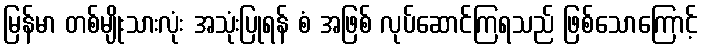
မြန်မာ တစ်မျိုးသားလုံး အသုံးပြုရန် စံ အဖြစ် လုပ်ဆောင်ကြရသည် ဖြစ်သောကြောင့်